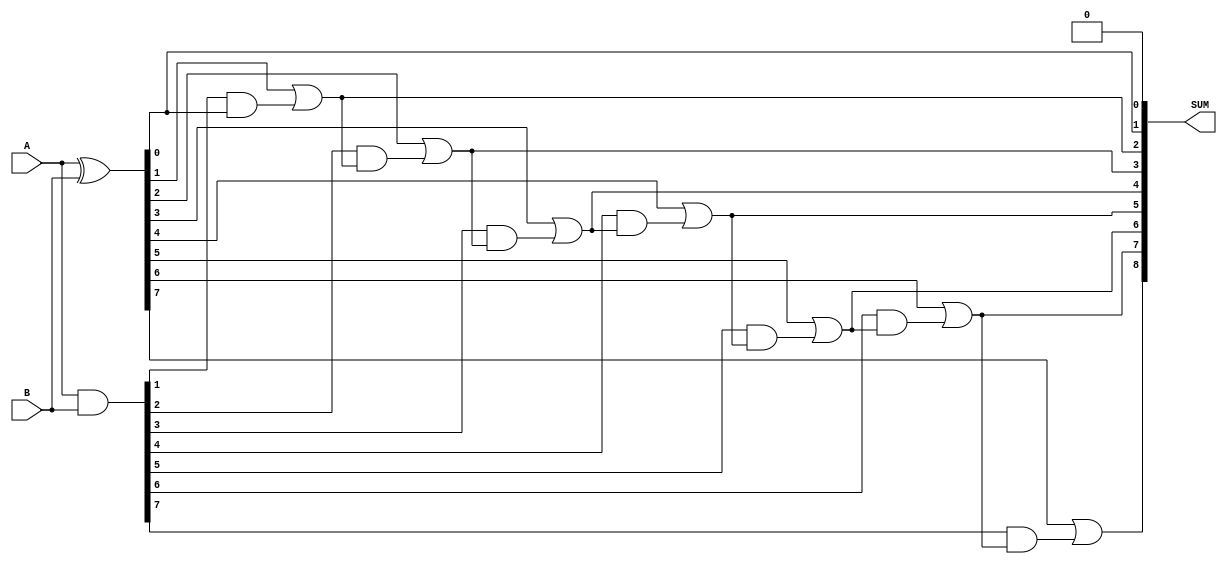
module CarrySkipAdder (
    input [7:0] A,
    input [7:0] B,
    output [8:0] SUM
);

wire [7:0] P;
wire [8:0] G;
wire [8:0] C;

assign P = A ^ B;
assign G = A & B;
assign C[0] = 1'b0;
assign C[1] = P[0] | (G[0] & C[0]);
assign C[2] = P[1] | (G[1] & C[1]);
assign C[3] = P[2] | (G[2] & C[2]);
assign C[4] = P[3] | (G[3] & C[3]);
assign C[5] = P[4] | (G[4] & C[4]);
assign C[6] = P[5] | (G[5] & C[5]);
assign C[7] = P[6] | (G[6] & C[6]);
assign C[8] = P[7] | (G[7] & C[7]);

assign SUM = {C[8], C[7:0]};
    
endmodule